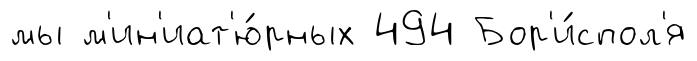
мы м'ин'иат'ю́рных 494 Бор'и́спол'я